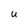
Character: u